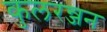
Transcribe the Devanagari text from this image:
कुलरन्जन